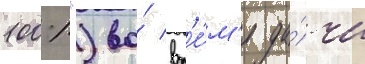
100%") во́ вр'е́м'я да́чи